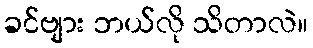
ခင်ဗျား ဘယ်လို သိတာလဲ။